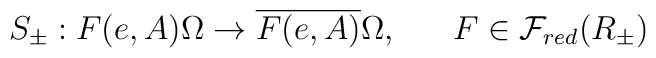
S_\pm: F(e,A) \Omega  \rightarrow \overline{F(e,A)} \Omega ,~~~~~          F \in {\cal F}_{red}(R_\pm)